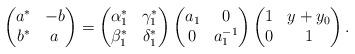
LaTeX: \begin{gather*}\left(\begin{matrix}a^*&-b\\b^*&a\end{matrix}\right)=\left(\begin{matrix}\alpha_1^*&\gamma_1^*\\\beta_1^*&\delta_1^*\end{matrix}\right)\left(\begin{matrix}a_1&0\\0&a_1^{-1}\end{matrix}\right)\left(\begin{matrix}1&y+y_0\\0&1\end{matrix}\right).\end{gather*}